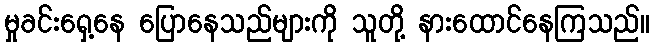
မှုခင်းရှေ့နေ ပြောနေသည်များကို သူတို့ နားထောင်နေကြသည်။